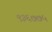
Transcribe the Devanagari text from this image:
९३६७७५